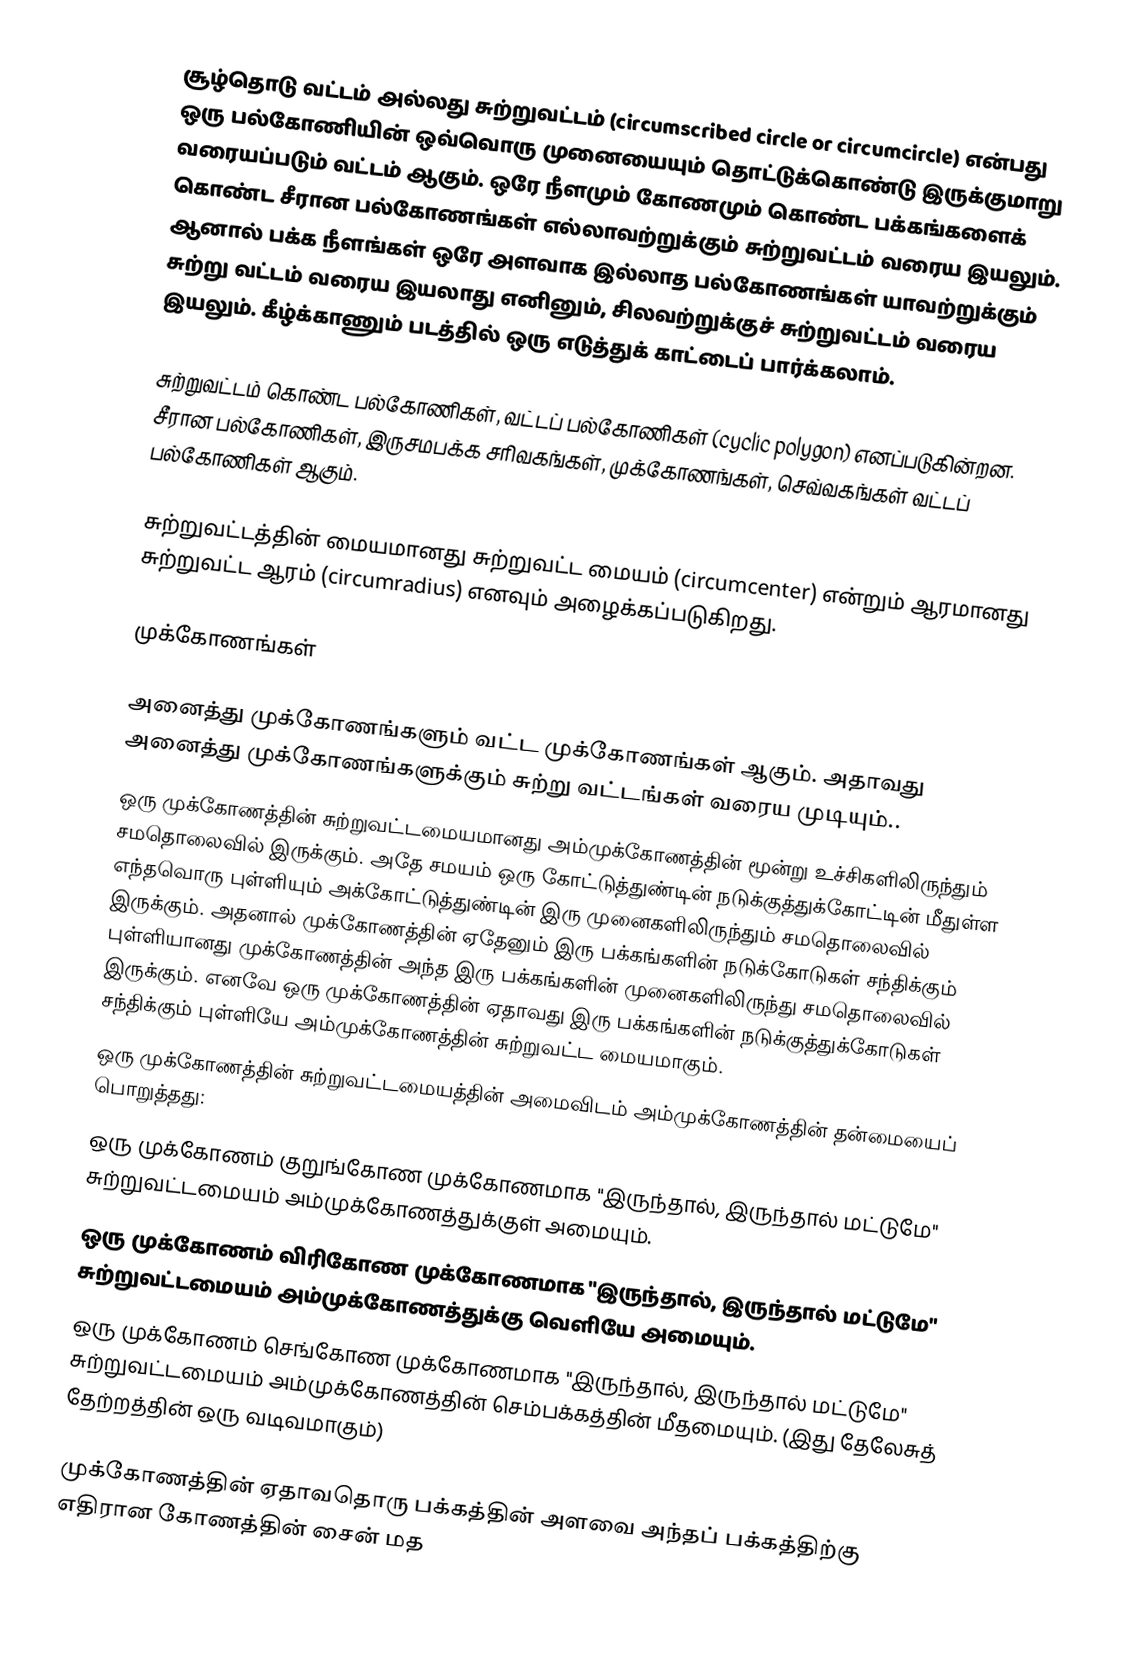
சூழ்தொடு வட்டம் அல்லது சுற்றுவட்டம் (circumscribed circle or circumcircle) என்பது ஒரு பல்கோணியின் ஒவ்வொரு முனையையும் தொட்டுக்கொண்டு இருக்குமாறு வரையப்படும் வட்டம் ஆகும். ஒரே நீளமும் கோணமும் கொண்ட பக்கங்களைக் கொண்ட சீரான பல்கோணங்கள் எல்லாவற்றுக்கும் சுற்றுவட்டம் வரைய இயலும். ஆனால் பக்க நீளங்கள் ஒரே அளவாக இல்லாத பல்கோணங்கள் யாவற்றுக்கும் சுற்று வட்டம் வரைய இயலாது எனினும், சிலவற்றுக்குச் சுற்றுவட்டம் வரைய இயலும். கீழ்க்காணும் படத்தில் ஒரு எடுத்துக் காட்டைப் பார்க்கலாம்.

சுற்றுவட்டம் கொண்ட பல்கோணிகள், வட்டப் பல்கோணிகள் (cyclic polygon) எனப்படுகின்றன. சீரான பல்கோணிகள், இருசமபக்க சரிவகங்கள், முக்கோணங்கள், செவ்வகங்கள் வட்டப் பல்கோணிகள் ஆகும்.

சுற்றுவட்டத்தின் மையமானது சுற்றுவட்ட மையம் (circumcenter) என்றும் ஆரமானது சுற்றுவட்ட ஆரம் (circumradius) எனவும் அழைக்கப்படுகிறது.

முக்கோணங்கள்

அனைத்து முக்கோணங்களும் வட்ட முக்கோணங்கள் ஆகும். அதாவது அனைத்து முக்கோணங்களுக்கும் சுற்று வட்டங்கள் வரைய முடியும்..
ஒரு முக்கோணத்தின் சுற்றுவட்டமையமானது அம்முக்கோணத்தின் மூன்று உச்சிகளிலிருந்தும் சமதொலைவில் இருக்கும். அதே சமயம் ஒரு கோட்டுத்துண்டின் நடுக்குத்துக்கோட்டின் மீதுள்ள எந்தவொரு புள்ளியும் அக்கோட்டுத்துண்டின் இரு முனைகளிலிருந்தும் சமதொலைவில் இருக்கும். அதனால் முக்கோணத்தின் ஏதேனும் இரு பக்கங்களின் நடுக்கோடுகள் சந்திக்கும் புள்ளியானது முக்கோணத்தின் அந்த இரு பக்கங்களின் முனைகளிலிருந்து சமதொலைவில் இருக்கும். எனவே ஒரு முக்கோணத்தின் ஏதாவது இரு பக்கங்களின் நடுக்குத்துக்கோடுகள் சந்திக்கும் புள்ளியே அம்முக்கோணத்தின் சுற்றுவட்ட மையமாகும்.
ஒரு முக்கோணத்தின் சுற்றுவட்டமையத்தின் அமைவிடம் அம்முக்கோணத்தின் தன்மையைப் பொறுத்தது:
ஒரு முக்கோணம் குறுங்கோண முக்கோணமாக "இருந்தால், இருந்தால் மட்டுமே"  சுற்றுவட்டமையம் அம்முக்கோணத்துக்குள் அமையும்.
ஒரு முக்கோணம் விரிகோண முக்கோணமாக "இருந்தால், இருந்தால் மட்டுமே"  சுற்றுவட்டமையம் அம்முக்கோணத்துக்கு வெளியே அமையும்.
ஒரு முக்கோணம் செங்கோண முக்கோணமாக "இருந்தால், இருந்தால் மட்டுமே"  சுற்றுவட்டமையம் அம்முக்கோணத்தின் செம்பக்கத்தின் மீதமையும். (இது தேலேசுத் தேற்றத்தின் ஒரு வடிவமாகும்)

முக்கோணத்தின் ஏதாவதொரு பக்கத்தின் அளவை அந்தப் பக்கத்திற்கு எதிரான கோணத்தின் சைன் மத